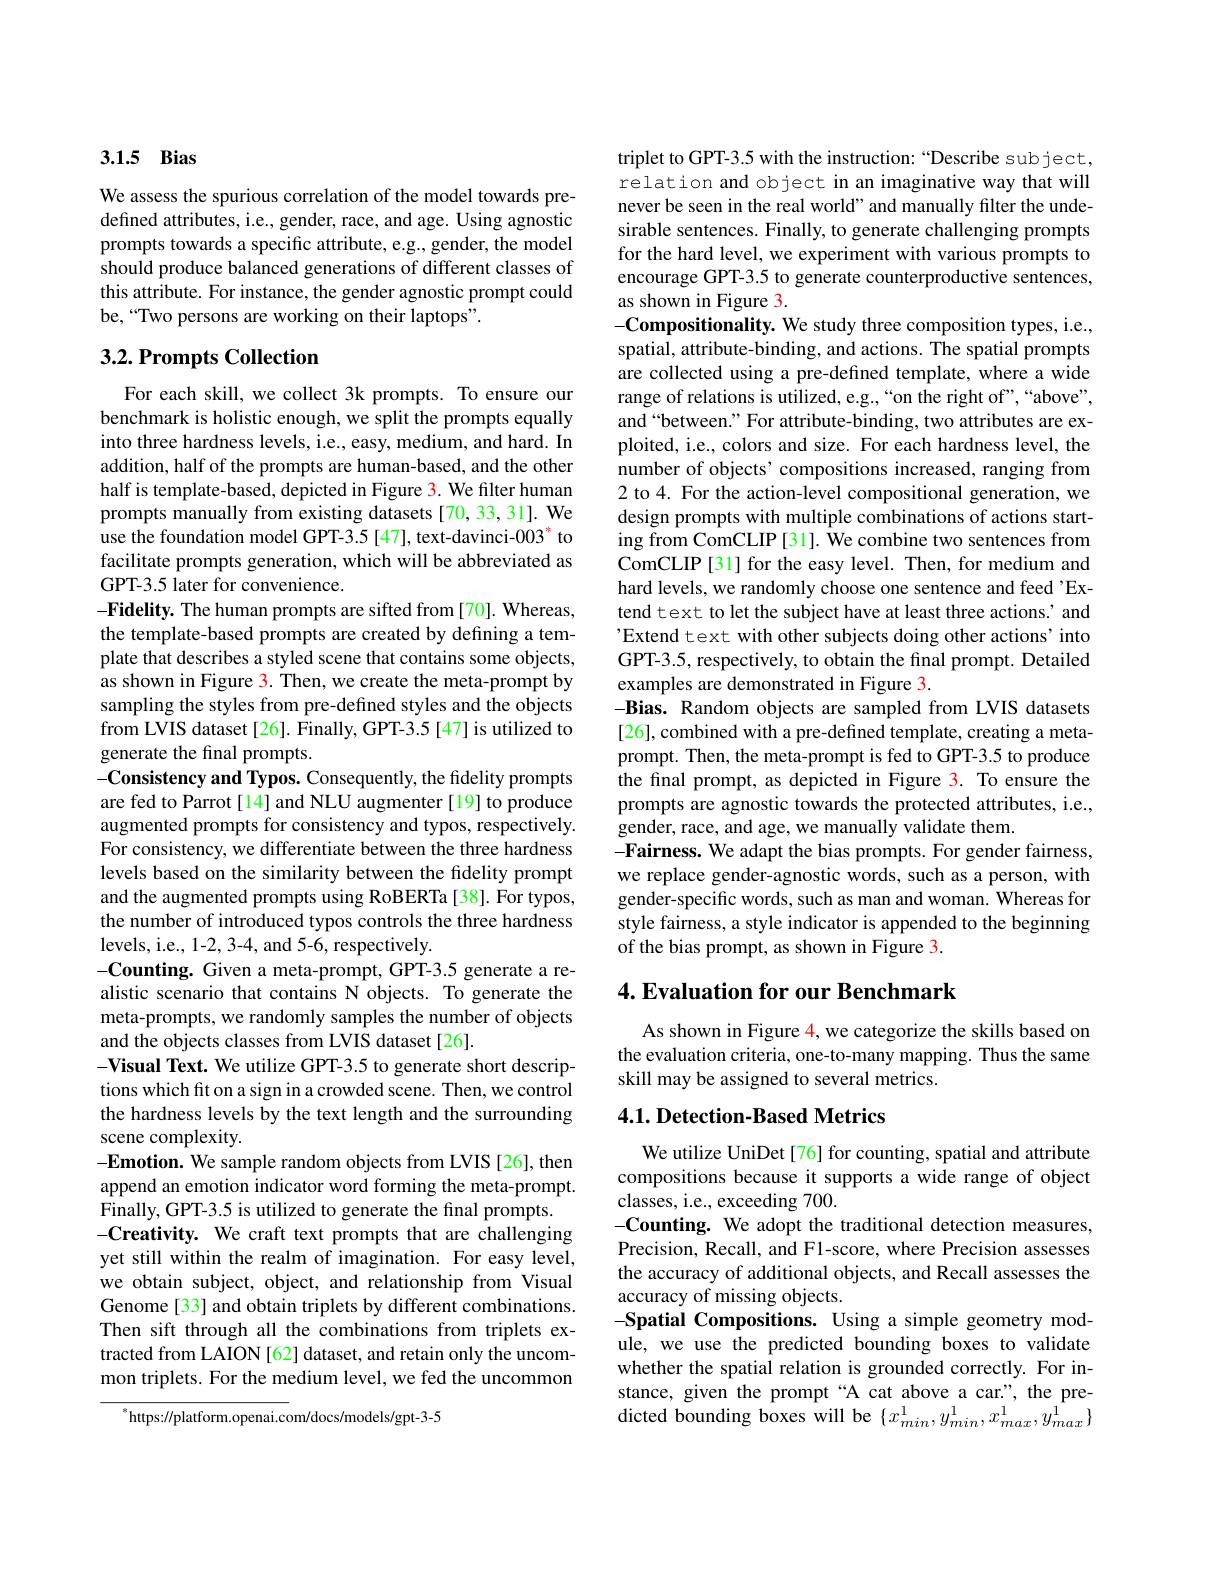
## 3.1.5 Bias

We assess the spurious correlation of the model towards predefined attributes, i.e., gender, race, and age. Using agnostic prompts towards a specific attribute, e.g., gender, the model should produce balanced generations of different classes of this attribute. For instance, the gender agnostic prompt could be,“Two persons are working on their laptops”.

## $3. 2. \textbf{Prompts Collection}$

For each skill, we collect 3k prompts. To ensure our benchmark is holistic enough, we split the prompts equally into three hardness levels, i.e., easy, medium, and hard. In addition, half of the prompts are human-based, and the other half is template-based, depicted in Figure 3. We filter human prompts manually from existing datasets[70,33,31]. We use the foundation model GPT-3.5 [47], text-davinci-003° to facilitate prompts generation, which will be abbreviated as GPT-3.5 later for convenience.
-Fidelity. The human prompts are sifted from[70]. Whereas, the template-based prompts are created by defining a template that describes a styled scene that contains some objects, as shown in Figure 3. Then, we create the meta-prompt by sampling the styles from pre-defined styles and the objects from LVIS dataset [26]. Finally, GPT-3.5 [47] is utilized to generate the final prompts.
-Consistency and Typos. Consequently, the fidelity prompts are fed to Parrot[14] and NLU augmenter [19] to produce augmented prompts for consistency and typos, respectively. For consistency, we differentiate between the three hardness levels based on the similarity between the fdelity prompt and the augmented prompts using RoBERTa [38]. For typos, the number of introduced typos controls the three hardness levels, i. e. , 1- 2, 3- 4, and 5- 6, respectively.
-Counting. Given a meta-prompt, GPT-3.5 generate a realistic scenario that contains N objects. To generate the meta-prompts, we randomly samples the number of objects and the objects classes from LVIS dataset[26].
-Visual Text. We utilize GPT-3.5 to generate short descriptions which fit on a sign in a crowded scene. Then, we control the hardness levels by the text length and the surrounding scene complexity.
-Emotion. We sample random objects from LVIS [26], then append an emotion indicator word forming the meta-prompt. Finally, GPT-3.5 is utilized to generate the final prompts.
-Creativity. We craft text prompts that are challenging yet still within the realm of imagination. For easy level, we obtain subject, object, and relationship from Visual Genome[33] and obtain triplets by different combinations. Then sift through all the combinations from triplets extracted from LAION [62] dataset, and retain only the uncommon triplets. For the medium level, we fed the uncommon
$^{*}$https://platform.openai.com/docs/models/gpt-3-5

triplet to GPT-3.5 with the instruction:“Describe sub ject, relation and object in an imaginative way that will never be seen in the real world" and manually filter the undesirable sentences. Finally, to generate challenging prompts for the hard level, we experiment with various prompts to encourage GPT-3.5 to generate counterproductive sentences, as shown in Figure 3.
-Compositionality. We study three composition types, i.e., spatial, attribute-binding, and actions. The spatial prompts are collected using a pre-defined template, where a wide range of relations is utilized, e.g.,“on the right of”,“above", and“between.”For attribute-binding, two attributes are exploited, i.e., colors and size. For each hardness level, the number of objects' compositions increased, ranging from 2 to 4. For the action-level compositional generation, we design prompts with multiple combinations of actions starting from ComCLIP [31]. We combine two sentences from ComCLIP[31] for the easy level. Then, for medium and hard levels, we randomly choose one sentence and feed'Extend text to let the subject have at least three actions.' and 'Extend text with other subjects doing other actions' into GPT-3.5, respectively, to obtain the final prompt. Detailed examples are demonstrated in Figure 3.
-Bias. Random objects are sampled from LVIS datasets [26], combined with a pre-defined template, creating a metaprompt. Then, the meta-prompt is fed to GPT-3.5 to produce the final prompt, as depicted in Figure 3. To ensure the prompts are agnostic towards the protected attributes, i.e., gender, race, and age, we manually validate them.
-Fairness. We adapt the bias prompts. For gender fairness, we replace gender-agnostic words, such as a person, with gender-specific words, such as man and woman. Whereas for style fairness, a style indicator is appended to the beginning of the bias prompt, as shown in Figure 3.

## 4. Evaluation for our Benchmark

As shown in Figure 4, we categorize the skills based on the evaluation criteria, one-to-many mapping. Thus the same skill may be assigned to several metrics.

### $4. 1. \textbf{Detection- Based Metrics}$

We utilize UniDet [76] for counting, spatial and attribute compositions because it supports a wide range of object classes, i.e., exceeding 700.
-Counting. We adopt the traditional detection measures, Precision, Recall, and F1-score, where Precision assesses the accuracy of additional objects, and Recall assesses the accuracy of missing objects.
-Spatial Compositions. Using a simple geometry module, we use the predicted bounding boxes to validate whether the spatial relation is grounded correctly. For instance, given the prompt “A cat above a car", the predicted bounding boxes will be $\{x_min^{1},y_{min}^{1},x_{max}^{1},y_{max}^{1}\}$